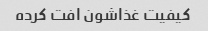
کیفیت غذاشون افت کرده